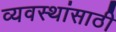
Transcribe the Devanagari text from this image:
व्यवस्थांसाठी